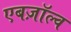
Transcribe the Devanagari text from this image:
एबज़ॉल्व